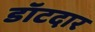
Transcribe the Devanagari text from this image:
डॉटदार